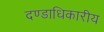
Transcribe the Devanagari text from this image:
दण्डाधिकारीय